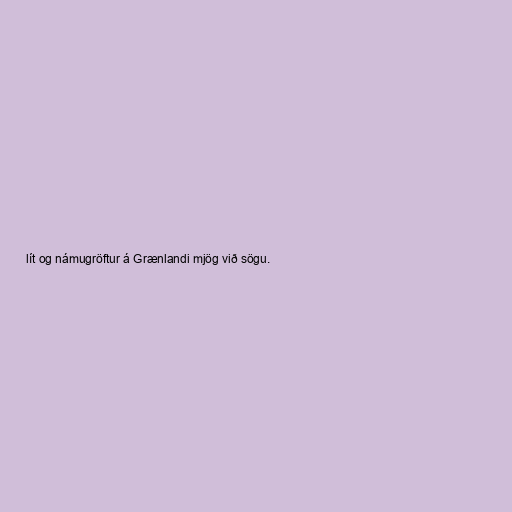
lít og námugröftur á Grænlandi mjög við sögu.